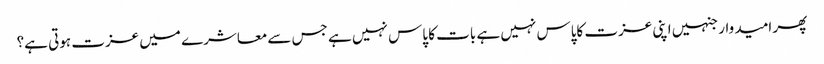
پھر امید وار جنہیں اپنی عزت کاپاس نہیں ہے بات کا پاس نہیں ہے جس سےمعاشرے میں عزت ہوتی ہے؟